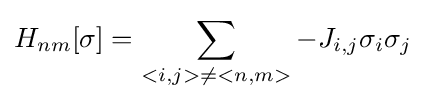
H_{nm}[\sigma ]=\sum \limits _{<i,j>\neq <n,m>}-J_{i,j}\sigma _{i}\sigma _{j}